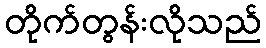
တိုက်တွန်းလိုသည်